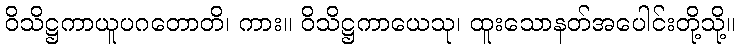
ဝိသိဋ္ဌကာယူပဂတောတိ၊ ကား။ ဝိသိဋ္ဌကာယေသု၊ ထူးသောနတ်အပေါင်းတို့သို့။